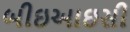
બીઇઆઇસી